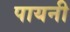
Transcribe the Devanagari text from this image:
पायनी